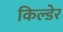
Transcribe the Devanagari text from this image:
किल्डेर